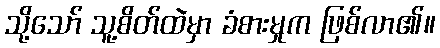
သို့သော် သူ့စိတ်ထဲမှာ ခံစားမှုက ဖြစ်လာ၏။